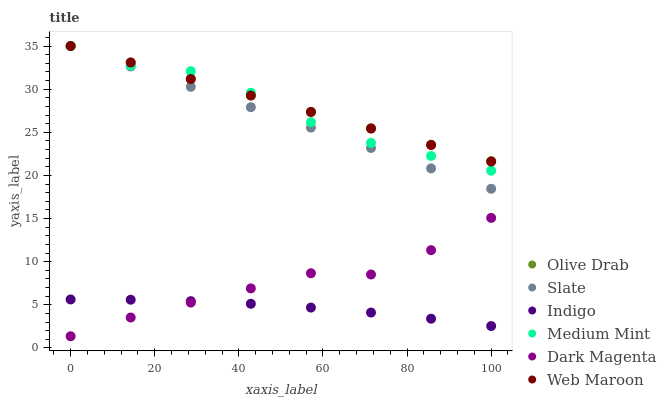
| xaxis_label | Olive Drab | Slate | Indigo | Medium Mint | Dark Magenta | Web Maroon |
 | --- | --- | --- | --- | --- | --- | --- |
 | 0 | 35 | 35 | 5.62 | 35 | 1.35 | 35 |
 | 14.3 | 33.1 | 32.6 | 5.59 | 32.7 | 3.52 | 33.1 |
 | 28.6 | 31.2 | 30.3 | 5.42 | 32.1 | 5.26 | 31.2 |
 | 42.9 | 29.3 | 27.9 | 5.12 | 29.6 | 6.9 | 29.3 |
 | 57.1 | 27.4 | 25.5 | 4.68 | 26.2 | 8.66 | 27.3 |
 | 71.4 | 25.5 | 23.2 | 4.1 | 23.8 | 8.51 | 25.4 |
 | 85.7 | 23.6 | 20.8 | 3.39 | 22.3 | 11.3 | 23.5 |
 | 100 | 21.7 | 18.5 | 2.54 | 20.5 | 15.1 | 21.6 |